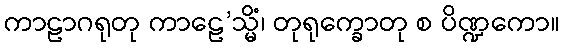
ကာဠာဂရုတု ကာဠေ’သ္မိံ၊ တုရုက္ခောတု စ ပိဏ္ဍကော။